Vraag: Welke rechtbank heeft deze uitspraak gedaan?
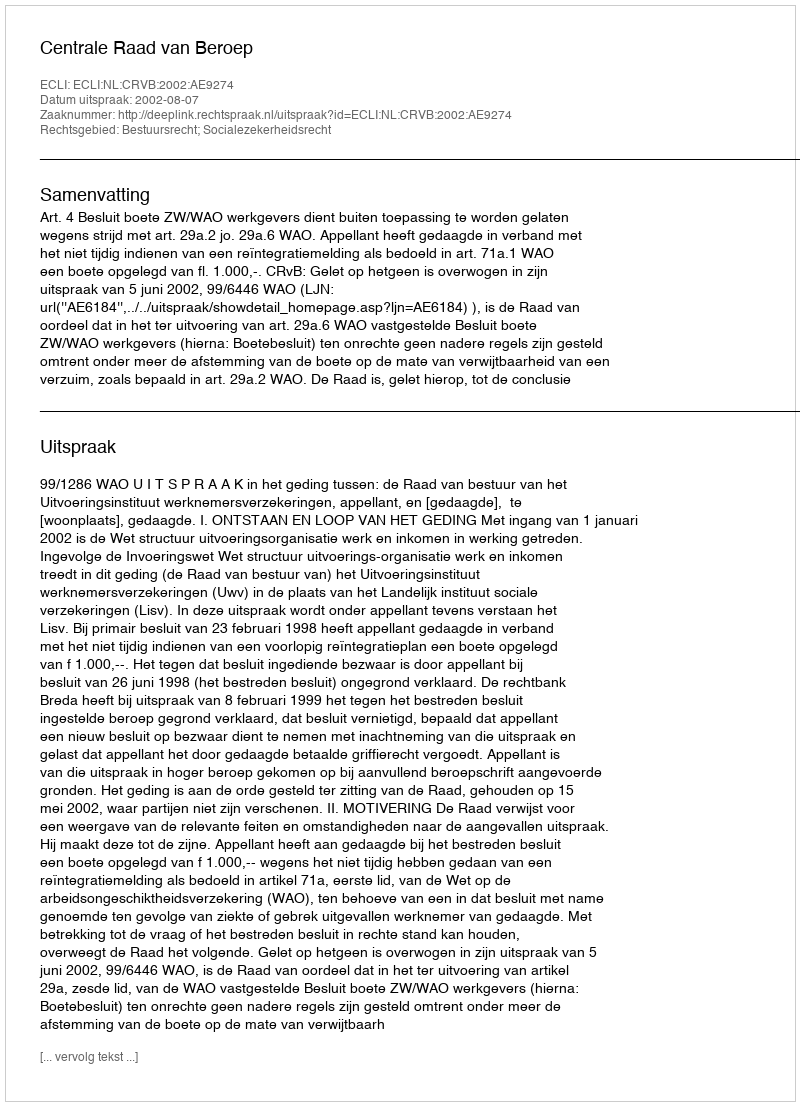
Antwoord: Centrale Raad van Beroep